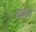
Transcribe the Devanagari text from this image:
सरलत